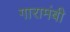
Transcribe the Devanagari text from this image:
गारामंबी